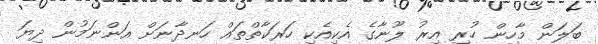
ބަލަން މާހިން ހުރި އިރު ލޫނާގެ އެކިއެކި ހަރަކާތްތައް ހަނދާނަށް އަންނަމުން ދިޔަ